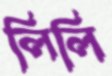
লিলি